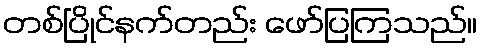
တစ်ပြိုင်နက်တည်း ဖော်ပြကြသည်။